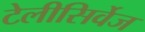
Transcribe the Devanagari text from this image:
टेलीसिर्वेज